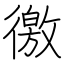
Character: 徼